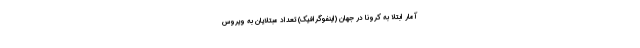
آمار ابتلا به کرونا در جهان (اینفوگرافیک) تعداد مبتلایان به ویروس